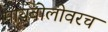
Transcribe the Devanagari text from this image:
मायबोलीवरच